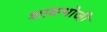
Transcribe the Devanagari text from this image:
शाक्भोजी